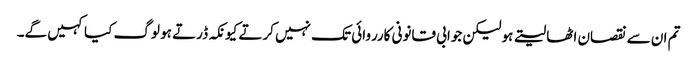
تم ان سے نقصان اٹھا لیتے ہو لیکن جوابی قانونی کارروائی تک نہیں کرتے کیونکہ ڈرتے ہو لوگ کیا کہیں گے۔